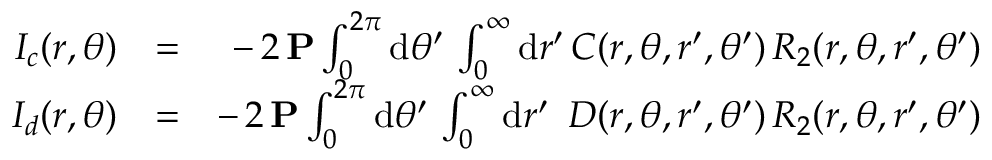
\begin{array} { r l r } { I _ { c } ( r , \theta ) } & { = } & { - \, 2 \, { \bf P } \int _ { 0 } ^ { 2 \pi } \mathrm { d } \theta ^ { \prime } \, \int _ { 0 } ^ { \infty } \mathrm { d } r ^ { \prime } \, C ( r , \theta , r ^ { \prime } , \theta ^ { \prime } ) \, R _ { 2 } ( r , \theta , r ^ { \prime } , \theta ^ { \prime } ) } \\ { I _ { d } ( r , \theta ) } & { = } & { - \, 2 \, { \bf P } \int _ { 0 } ^ { 2 \pi } \mathrm { d } \theta ^ { \prime } \, \int _ { 0 } ^ { \infty } \mathrm { d } r ^ { \prime } \ \, D ( r , \theta , r ^ { \prime } , \theta ^ { \prime } ) \, R _ { 2 } ( r , \theta , r ^ { \prime } , \theta ^ { \prime } ) } \end{array}